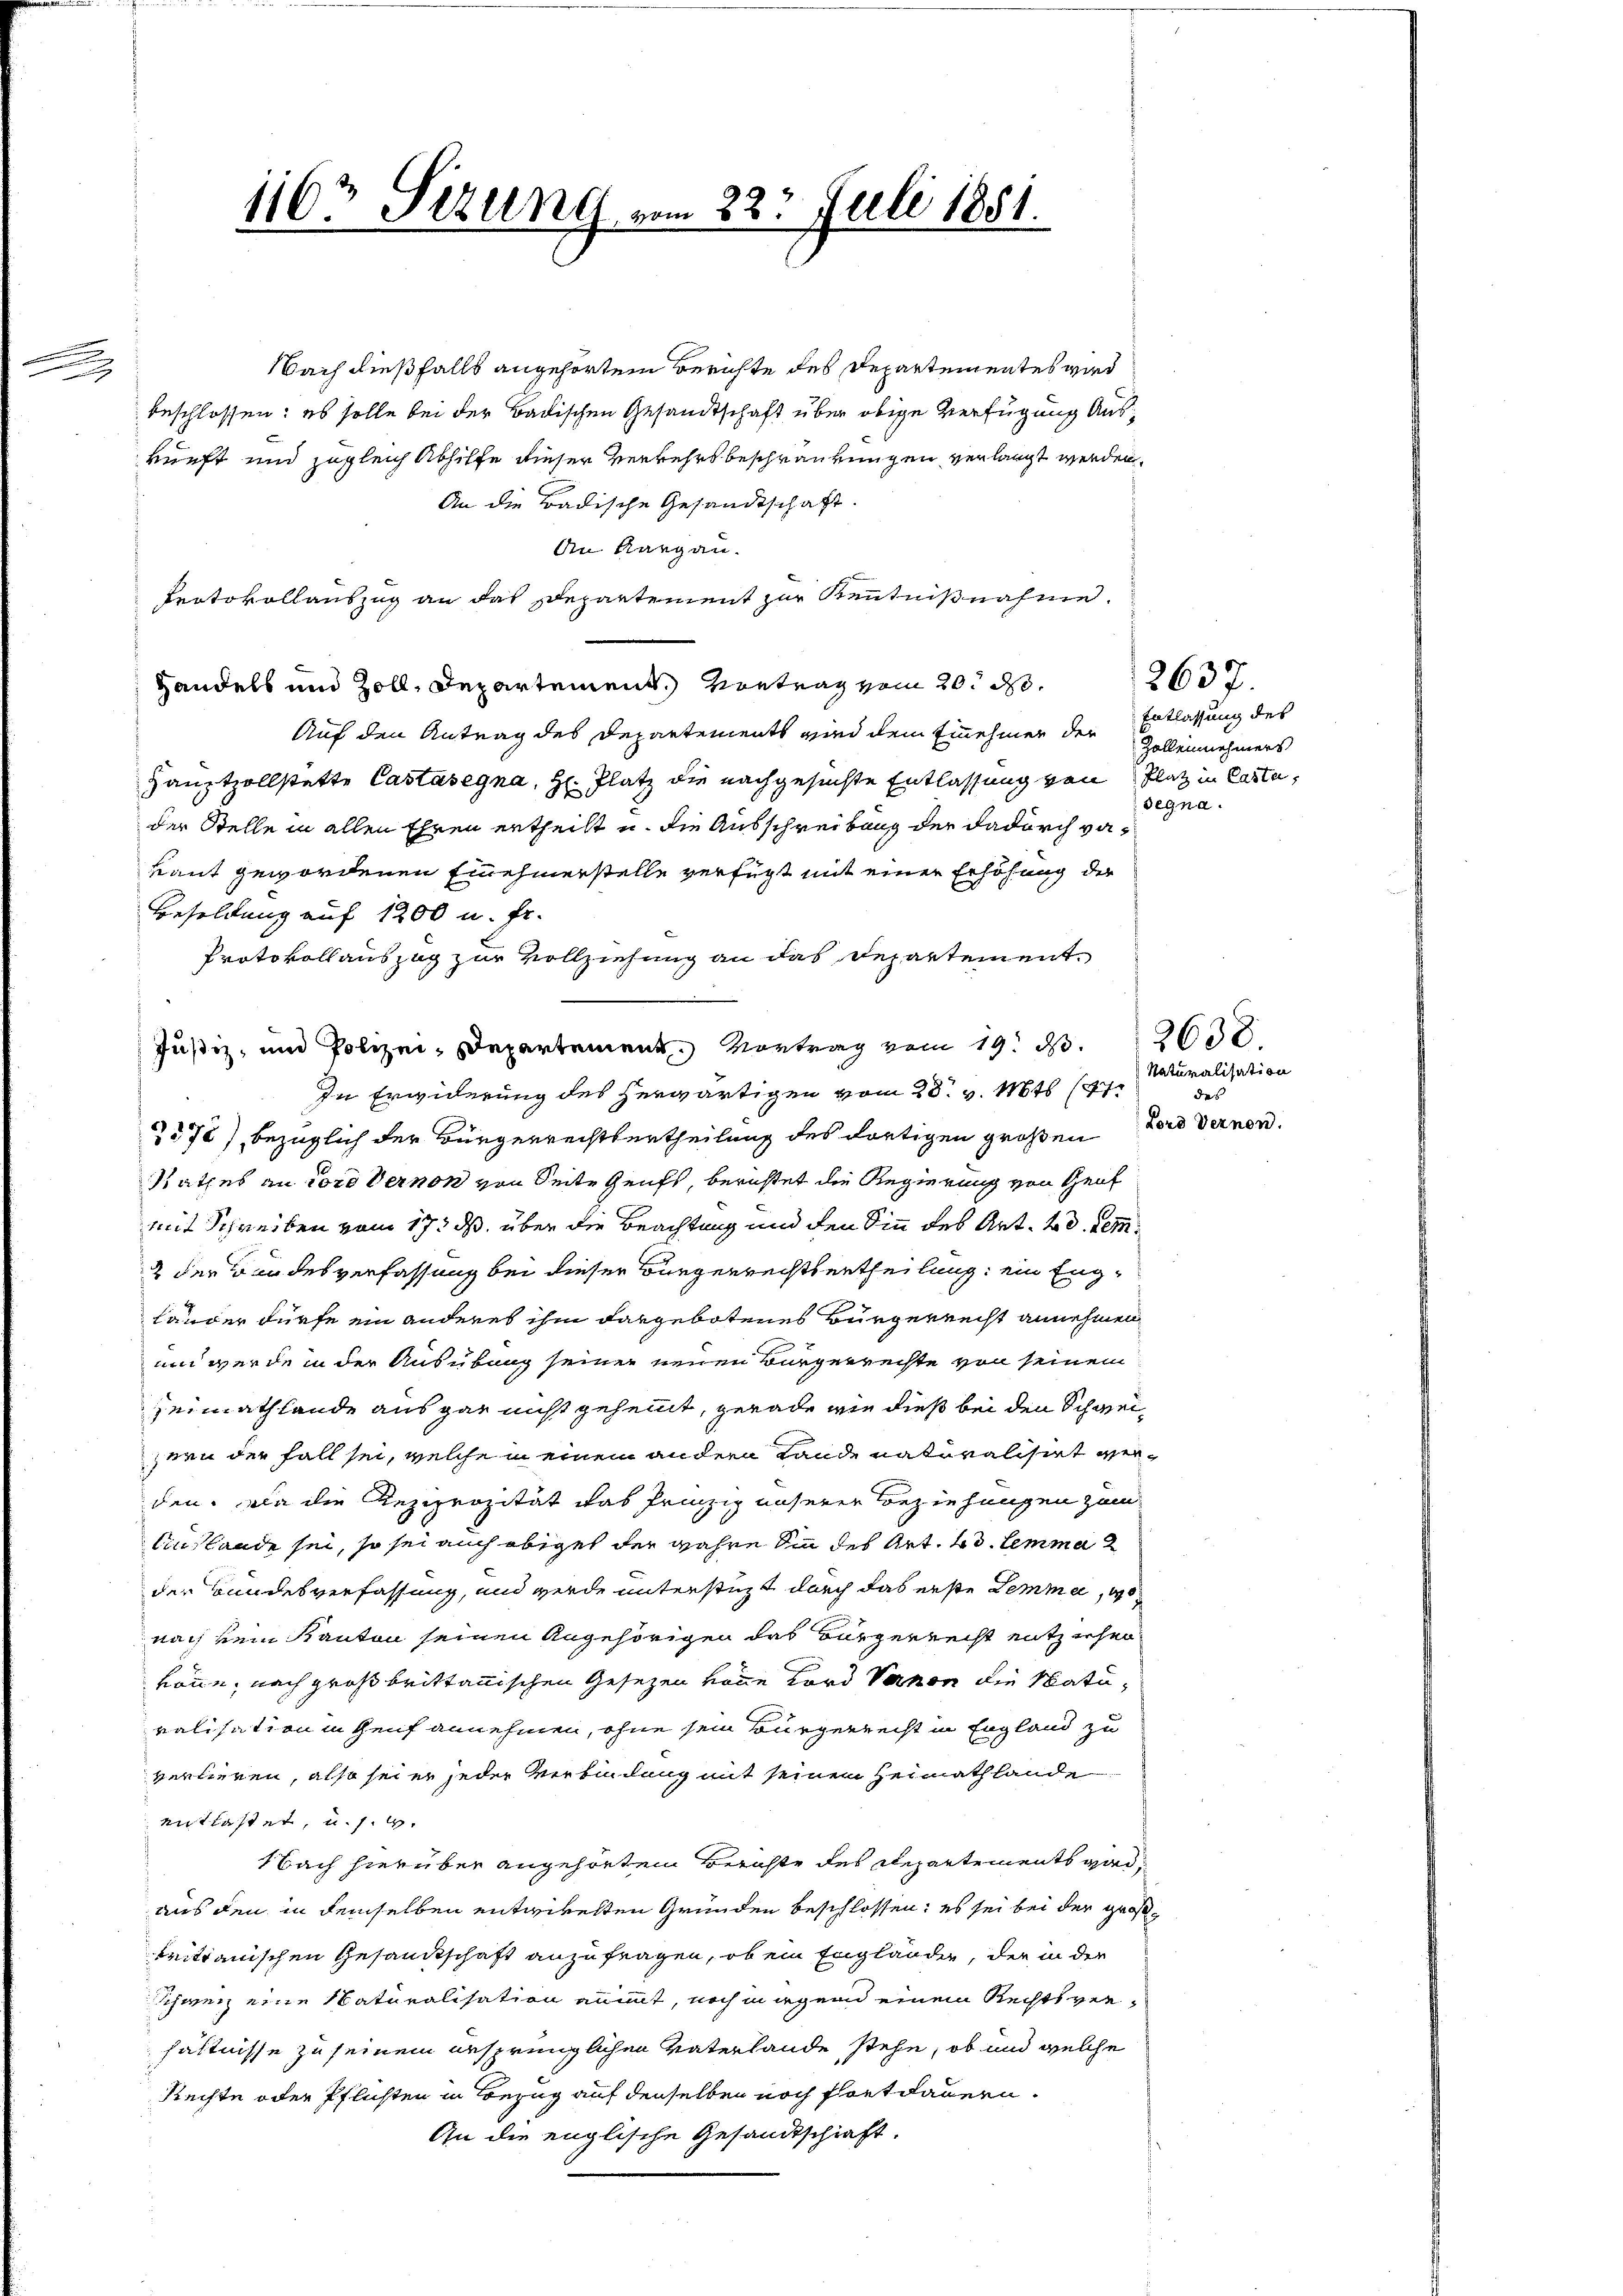
n
A

Nach dießfalls angehörtem Berichte des Departementes wird
beschlossen: es solle bei der Badischen Gesandtschaft über obige Verfügung Auskunft und zugleich Abhilfe dieser Verkehrsbeschränkungen verlangt werden,
An die Badische Gesandtschaft.
An Aargau.
Protokollauszug an das Departement zur Kenntnißnahme.
Handels und Zoll, Departement. Vortrag vom 20. d.
Auf den Antrag des Departements wird dem Einnehmer der
Hauptzollstatte Castasegna, H. Platz die nachgesuchte Entlassung von Platz in Casta,
der Stelle in allen Ehren ertheilt u. die Ausschreibung der dadurch vakannt gewordenen Einehmerstelle verfügt mit einer Erhöhung der
Besoldung auf 1200 u. Fr.
Protokollauszug zur Vollziehung an das Departement¬
In Erwiderung des herwärtigen vom 28. v. Mts. 147.
2572) bezüglich der Bürgerrechtsertheilung des dortigen großen
Rathes an loro Vernon von Seite Genft, berichtet die Regierung von Genf
mit Schreiben vom 17. ds. über die Beachtung und den Sinn des Art. 4 d. dem¬
2 der Bundesverfassung bei dieser Bürgerrechtsertheilung ein Eng¬
Länder dürfe ein anderes ihm dargebotenes Bürgerrecht annehmen,
und werde in der Ausübung seiner neuen Bürgerrechte von seinem
Heimathlande aus gar nicht geheilt, gerade wie dieß bei den Schweizern der Fall sei, welche in einem andern Lande naturalisirt verden. Da die Reziprozität das Prinzig unserer Beziehungen zum
Auslande sei, so sei auch obiges der wahre in des Art. 43. lemma 2
der Bundesverfassung, und werde unterstüzt durch das erste Lemme,
nach kein Kanton seinen Angehörigen das Bürgerrecht entziehen
könne, nach großbrittannischen Gesezen von Kard Verson die Naturalisation in Genf annehmen, ohne sein Bürgerrecht in England zu
verlieren, also sei er jeder Verbindung mit seinem Heimath hande
entlastet, u. s. g.
Nach hierüber angehörten Berichte des Departements widaus den in demselben entwivelten Gründen beschlossen; es sei bei der großtrittanischen Gesandtschaft anzufragen, ob ein Engländer, der in der
Schweiz eine Naturalisation aumt, noch nirgend einem Rechtsverhältnisse zu seinem ursprünglichen Vaterlande stehe, ob und welche
Rechte oder Pflichten in Bezug auf denselben noch fortdauern.
An die englische Gesandtschaft.

1163 Sizung vom 22. Juli 1881.

Justiz- und Polizei-Departement. Vortrag vom 19. d. 2600.

2637.
Entlassung des
Zollennehmers
segna

Naturalisation
des
Lord Vernen.